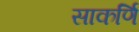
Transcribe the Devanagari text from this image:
साकर्णि